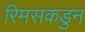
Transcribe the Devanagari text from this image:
रिमसकडुन